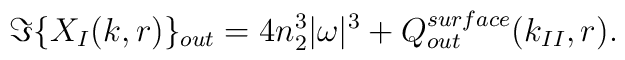
\Im\{ X_I(k,r) \}_{out}= 4 n_2^3 |\omega|^3 + Q_{out}^{surface}(k_{II},r).